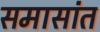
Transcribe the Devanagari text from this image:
समासांत